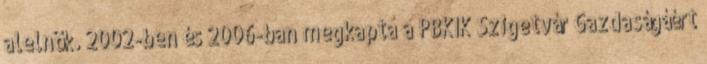
alelnök. 2002-ben és 2006-ban megkapta a PBKIK Szigetvár Gazdaságáért